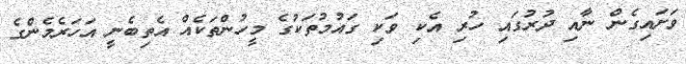
ވަށައިގެން ނާއި ދުރުގައި ހުރި އެކި ވަކި ގައުމުތަކުގެ މީހުންތަކެއް އެތިބެނީ އަހަރެމެންގެ